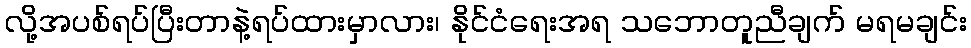
လို့အပစ်ရပ်ပြီးတာနဲ့ရပ်ထားမှာလား၊ နိုင်ငံရေးအရ သဘောတူညီချက် မရမချင်း